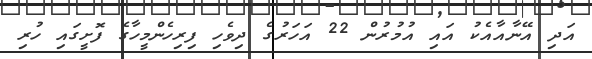
އަދި އޭނާއާއެކު އައި އުމުރުން 22 އަހަރުގެ ދިވެހި ފިރިހެންމީހާގެ ފޮށީގައި ހުރި